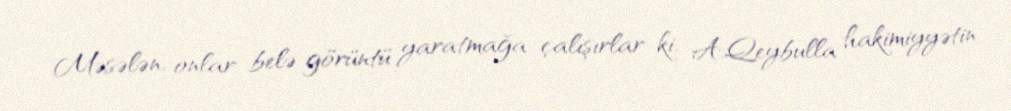
Məsələn, onlar belə görüntü yaratmağa çalışırlar ki, A.Qeybulla hakimiyyətin